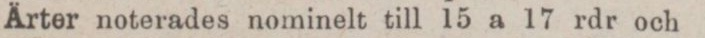
Ärter noterades nominelt till 15 a 17 rdr och